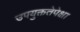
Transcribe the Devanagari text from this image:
उपयुक्ततेपेक्षा